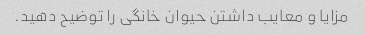
مزایا و معایب داشتن حیوان خانگی را توضیح دهید.